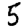
Digit: 5